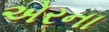
એરના